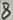
Text: 8